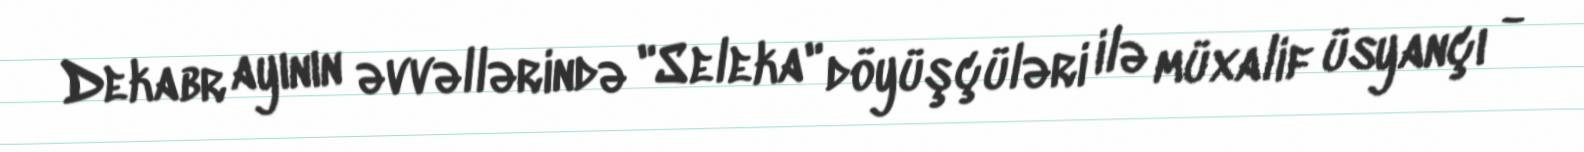
Dekabr ayının əvvəllərində "Seleka" döyüşçüləri ilə müxalif üsyançı -